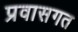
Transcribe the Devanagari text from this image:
प्रवासगत